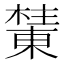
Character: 𰘺